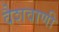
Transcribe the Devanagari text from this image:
वैशवाणी